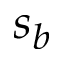
s _ { b }